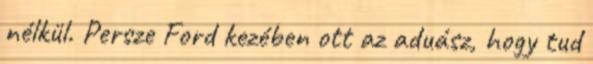
nélkül. Persze Ford kezében ott az aduász, hogy tud